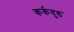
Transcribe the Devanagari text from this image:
कर्कवुड